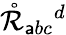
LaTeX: \mathring{\mathcal{R}}_{\mathsf{a}bc}{}^{d}